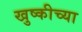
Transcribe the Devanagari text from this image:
खुष्कीच्या